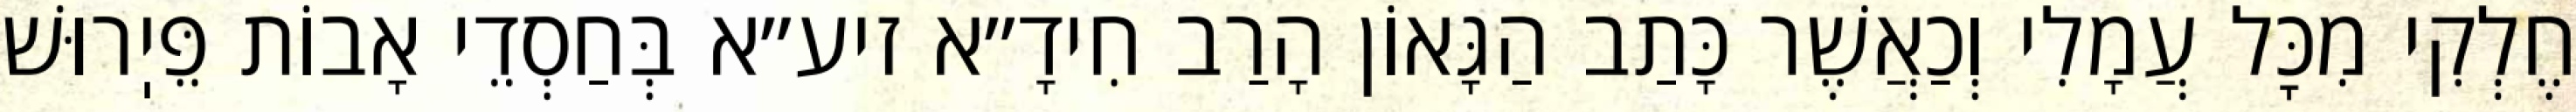
חֶלְקִי מִכׇּל עֲמָלִי וְכַאֲשֶׁר כָּתַב הַגָּאוֹן הָרַב חִידָ״א זיע״א בְּחַסְדֵי אָבוֹת פֵּיֽרוּשׁ